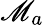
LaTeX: \mathscr{M}_{a}